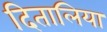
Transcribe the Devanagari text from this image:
दितालिया